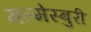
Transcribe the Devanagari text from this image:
मल्मेस्बुरी